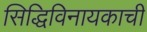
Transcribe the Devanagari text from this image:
सिद्धिविनायकाची